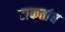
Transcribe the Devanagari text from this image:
टाकतांच